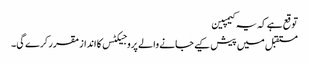
توقع ہے کہ یہ کیمپین
مستقبل میں پیش کیے جانے والے پروجیکٹس کا انداز مقرر کرے گی۔